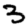
Digit: 3